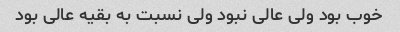
خوب بود ولی عالی نبود ولی نسبت به بقیه عالی بود